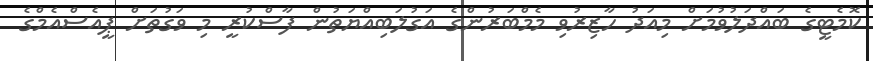
ކޮމެޓީގެ ބައްދަލުވުމަށް މިއަދު ހާޒިރުވި މެމްބަރުންގެ އަގުލަބިއްޔަތުން ފާސްކުރީ މި ވަގުތަށް ޕީއެސްއެމްގެ